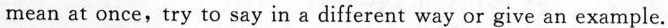
mean at once,try to say in a different way or give an example.